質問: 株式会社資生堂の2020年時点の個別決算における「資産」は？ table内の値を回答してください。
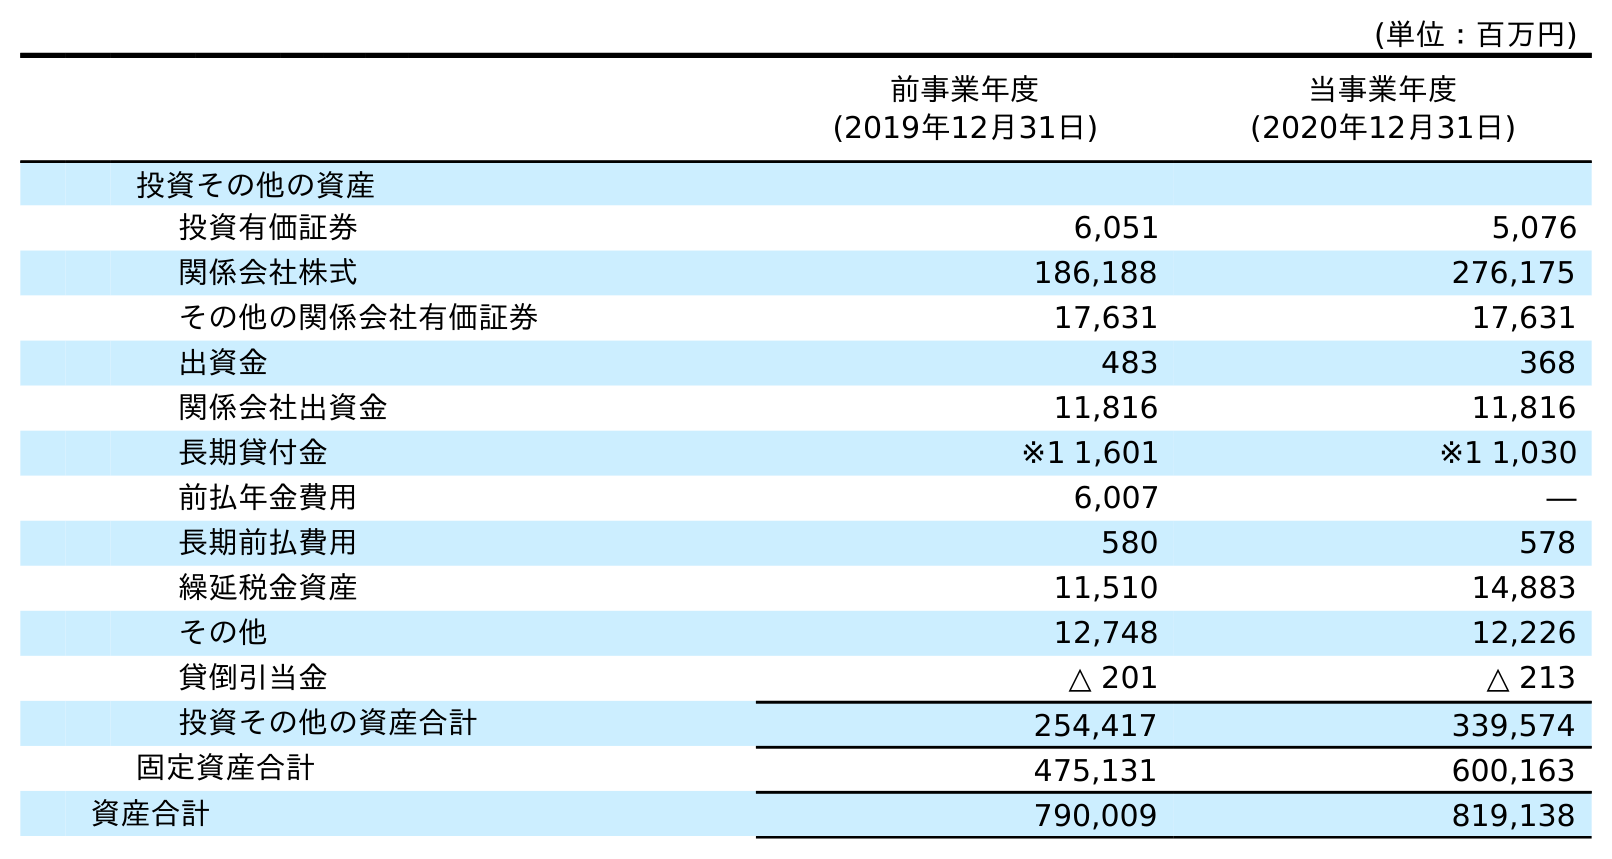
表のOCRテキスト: (単位：百万円) 前事業年度 (2019年12月31日) 当事業年度 (2020年12月31日) 投資その他の資産 投資有価証券 6,051 5,076 関係会社株式 186,188 276,175 その他の関係会社有価証券 17,631 17,631 出資金 483 368 関係会社出資金 11,816 11,816 長期貸付金 ※1 1,601 ※1 1,030 前払年金費用 6,007 ― 長期前払費用 580 578 繰延税金資産 11,510 14,883 その他 12,748 12,226 貸倒引当金 △ 201 △ 213 投資その他の資産合計 254,417 339,574 固定資産合計 475,131 600,163 資産合計 790,009 819,138
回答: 819,138